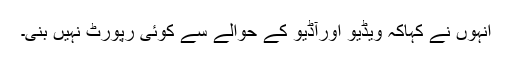
انہوں نے کہاکہ ویڈیو اورآڈیو کے حوالے سے کوئی رپورٹ نہیں بنی۔